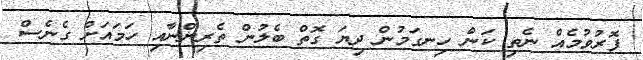
ފޮރުވުމެއް ނެތި ކަން ހިނގަމުން ދިޔަ ގޮތް ބެލުން ތެރިންނާއި ހަމައަށް ގެނެސް